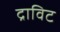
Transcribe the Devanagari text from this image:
द्राविट